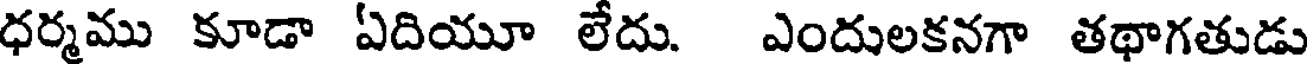
ధర్మము కూడా ఏదియూ లేదు. ఎందులకనగా తథాగతుడు